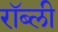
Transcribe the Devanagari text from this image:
रॉब्ली